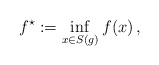
\begin{align*} f^\star:=\inf\limits_{x\in S(g)} f(x)\,,\end{align*}